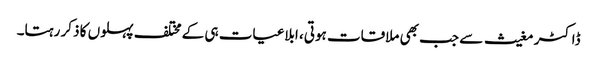
ڈاکٹر مغیث سے جب بھی ملاقات ہوتی، ابلاغیات ہی کے مختلف پہلوں کا ذکر رہتا۔